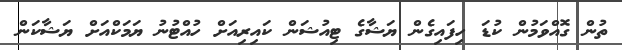
ތުން ގޮއްވަމުން ކުޑަ ހިފައިގެން ޔަޝާގެ ޓިއުޝަން ކައިރިއަށް ހުއްޓުނު ޔަމަކްއަށް ޔަޝާކަން